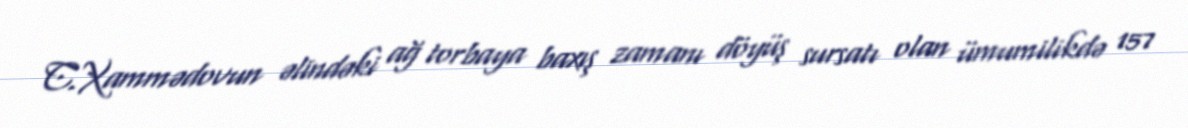
C.Xammədovun əlindəki ağ torbaya baxış zamanı döyüş sursatı olan ümumilikdə 157